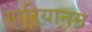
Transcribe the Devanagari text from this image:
मारियानम